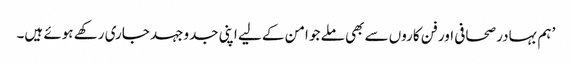
’ہم بہادر صحافی اور فن کاروں سے بھی ملے جو امن کے لیے اپنی جدوجہد جاری رکھے ہوئے ہیں۔